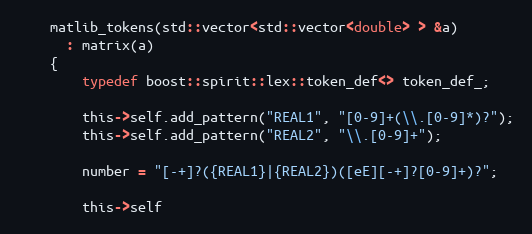
Language: C
    matlib_tokens(std::vector<std::vector<double> > &a)
      : matrix(a)
    {
        typedef boost::spirit::lex::token_def<> token_def_;

        this->self.add_pattern("REAL1", "[0-9]+(\\.[0-9]*)?");
        this->self.add_pattern("REAL2", "\\.[0-9]+");

        number = "[-+]?({REAL1}|{REAL2})([eE][-+]?[0-9]+)?";

        this->self